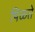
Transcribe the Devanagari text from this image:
पिळते